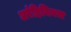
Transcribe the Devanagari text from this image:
अर्रहिनियस